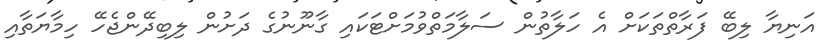
އަނިޔާ ލިބޭ ފަރާތްތަކަށް އެ ހަލާތުން ސަލާމަތްވުމަށްޓަކައި ގާނޫނުގެ ދަށުން ލިބިދޭންޖެހޭ ހިމާޔަތާއި